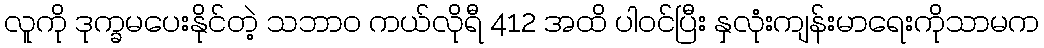
လူကို ဒုက္ခမပေးနိုင်တဲ့ သဘာ၀ ကယ်လိုရီ 412 အထိ ပါဝင်ပြီး နှလုံးကျန်းမာရေးကိုသာမက